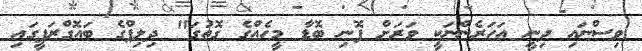
ވިސްނައި ދިނީ އަހަރެންނަކީ ވަރަށް ފޮނި ބޮޑާ މީހެއްގެ ގޮތުގަ" ދިލިޕްގެ ބައޮގްރަފީގައި